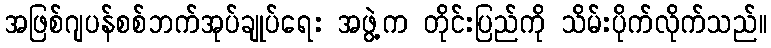
အဖြစ်ဂျပန်စစ်ဘက်အုပ်ချုပ်ရေး အဖွဲ့က တိုင်းပြည်ကို သိမ်းပိုက်လိုက်သည်။